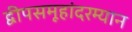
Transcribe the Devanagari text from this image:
द्वीपसमूहांदरम्यान